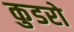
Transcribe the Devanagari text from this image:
कुडरो